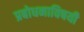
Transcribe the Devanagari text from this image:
प्रबोधनाविषयी